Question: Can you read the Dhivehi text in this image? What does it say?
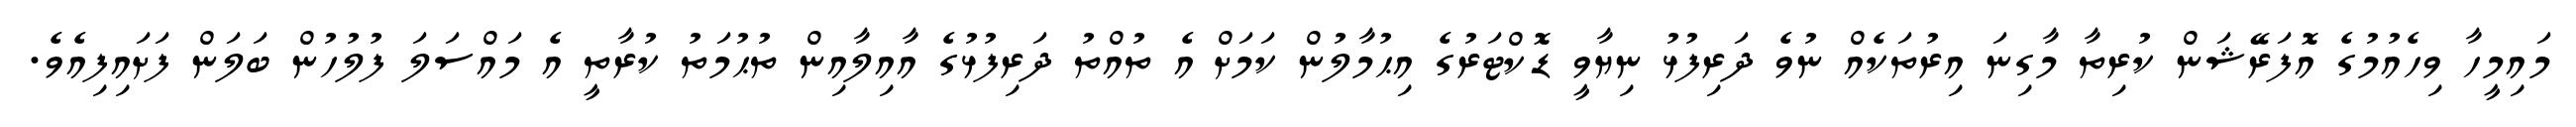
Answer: މައިމީހާ ވިހެއުމުގެ އޮފަރޭޝަން ކުރިތާ މާގިނަ އިރުތަކެއް ނުވެ ދަރިފުޅު ނިޔާވީ ޑޮކްޓަރުގެ އިޙުމާލުން ކަމަށް އެ ތުއްތު ދަރިފުޅުގެ އާއިލާއިން ތުޙުމަތު ކުރާތީ އެ މައްސަލަ ފުލުހުން ބަލަން ފަށައިފިއެވެ.